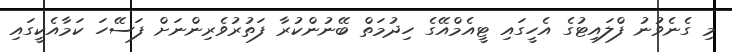
މި ގެނެވުނު ފްލައިޓުގެ އެހީގައި ޓީއެމްއޭގެ ހިދުމަތް ބޭނުންކުރާ ފަތުރުވެރިންނަށް ފަސޭހަ ކަމާއެކީގައި